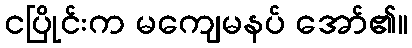
ငပြိုင်းက မကျေမနပ် အော်၏။